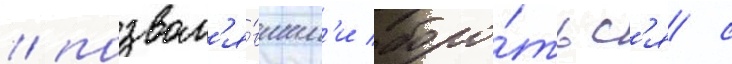
/ позвол'я́вшим'и боро́тьс'я с